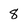
Character: 8